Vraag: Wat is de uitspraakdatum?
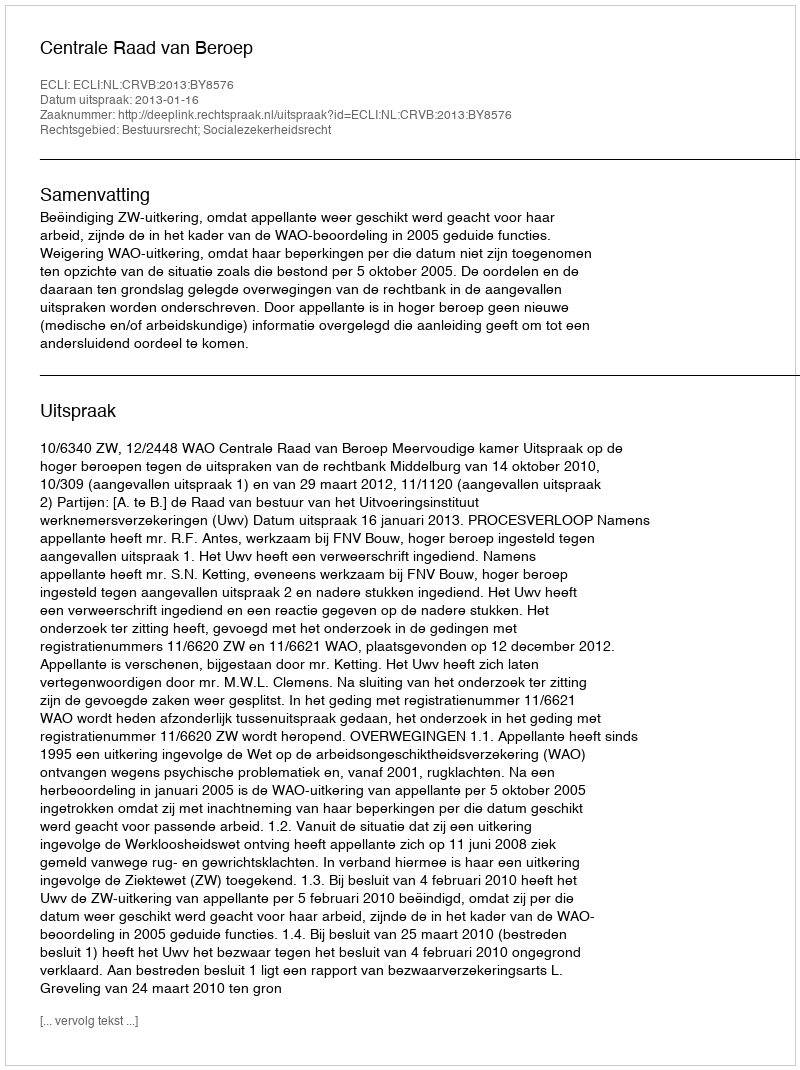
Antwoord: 2013-01-16